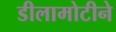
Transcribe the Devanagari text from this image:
डीलामोटीने